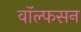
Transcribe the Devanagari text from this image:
वॉल्फसन